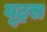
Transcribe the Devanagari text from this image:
यूट्रस